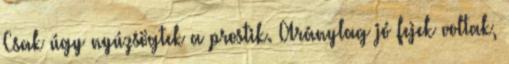
Csak úgy nyúzsögtek a prostik. Aránylag jó fejek voltak,